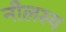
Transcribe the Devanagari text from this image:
नीलस्य